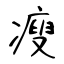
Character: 瘦